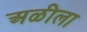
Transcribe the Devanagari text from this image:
अळीला